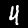
Label: 4